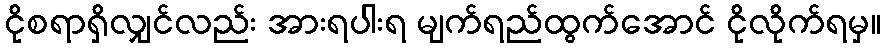
ငိုစရာရှိလျှင်လည်း အားရပါးရ မျက်ရည်ထွက်အောင် ငိုလိုက်ရမှ။